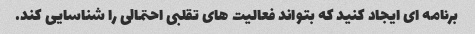
برنامه ای ایجاد کنید که بتواند فعالیت های تقلبی احتمالی را شناسایی کند.